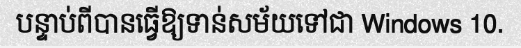
បន្ទាប់ពីបានធ្វើឱ្យទាន់សម័យទៅជា Windows 10.